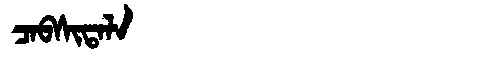
Manchu: ᠴᠠᠪᠰᡳᡨᠠᠯᠠ
Romanization: CABSITALA